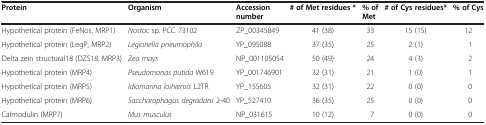
<table><thead><tr><td><b>Protein</b></td><td><b>Organism</b></td><td><b>Accession number</b></td><td><b># of Met residues *</b></td><td><b>% of Met</b></td><td><b># of Cys residues*</b></td><td><b>% of Cys</b></td></tr></thead><tbody><tr><td>Hypothetical protein (FeNos, MRP1)</td><td><i>Nostoc</i> sp. PCC 73102</td><td>ZP_00345849</td><td>41 (38)</td><td>33</td><td>15 (15)</td><td>12</td></tr><tr><td>Hypothetical protein (LegP, MRP2)</td><td><i>Legionella pneumophila</i></td><td>YP_095088</td><td>37 (35)</td><td>25</td><td>2 (1)</td><td>1</td></tr><tr><td>Delta zein structural18 (DZS18, MRP3)</td><td><i>Zea mays</i></td><td>NP_001105054</td><td>50 (49)</td><td>24</td><td>4 (3)</td><td>2</td></tr><tr><td>Hypothetical protein (MRP4)</td><td><i>Pseudomonas putida</i> W619</td><td>YP_001746901</td><td>32 (31)</td><td>21</td><td>1 (0)</td><td>1</td></tr><tr><td>Hypothetical protein (MRP5)</td><td><i>Idiomarina loihiensis</i> L2TR</td><td>YP_155605</td><td>32 (31)</td><td>22</td><td>0 (0)</td><td>0</td></tr><tr><td>Hypothetical protein (MRP6)</td><td><i>Saccharophagus degradans</i> 2-40</td><td>YP_527410</td><td>36 (35)</td><td>25</td><td>0 (0)</td><td>0</td></tr><tr><td>Calmodulin (MRP7)</td><td><i>Mus musculus</i></td><td>NP_031615</td><td>10 (12)</td><td>7</td><td>0 (0)</td><td>0</td></tr></tbody></table>